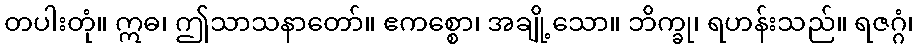
တပါးတုံ။ ဣဓ၊ ဤသာသနာတော်။ ဧကစ္စော၊ အချို့သော။ ဘိက္ခု၊ ရဟန်းသည်။ ရဇဂ္ဂံ၊